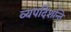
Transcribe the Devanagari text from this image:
व्यपदिशन्ति